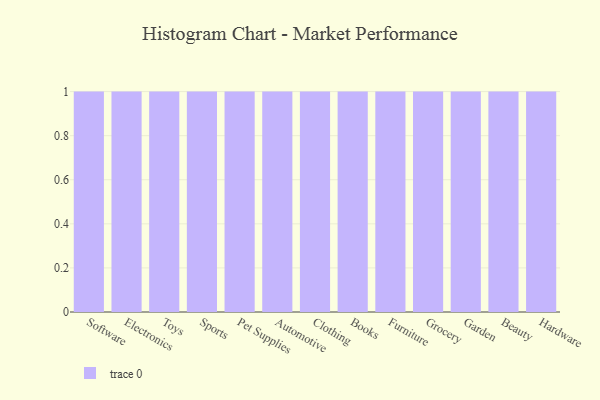
{"axis": {"x": "Category", "y": "Production Output"}, "legend": [""], "data": [{"x": "Software", "y": 53, "type": ""}, {"x": "Electronics", "y": 49, "type": ""}, {"x": "Toys", "y": 18, "type": ""}, {"x": "Sports", "y": 13, "type": ""}, {"x": "Pet Supplies", "y": 57, "type": ""}, {"x": "Automotive", "y": 21, "type": ""}, {"x": "Clothing", "y": 10, "type": ""}, {"x": "Books", "y": 43, "type": ""}, {"x": "Furniture", "y": 39, "type": ""}, {"x": "Grocery", "y": 79, "type": ""}, {"x": "Garden", "y": 6, "type": ""}, {"x": "Beauty", "y": 90, "type": ""}, {"x": "Hardware", "y": 16, "type": ""}]}